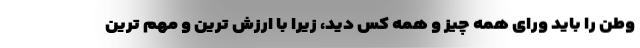
وطن را باید ورای همه چیز و همه کس دید، زیرا با ارزش ترین و مهم ترین